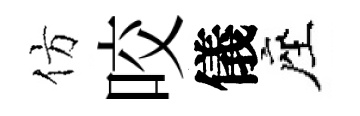
仿咬儀座